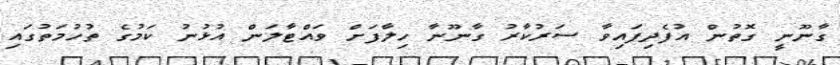
ގާނޫނީ ގޮތުން އުފެދިފައިވާ ސަރުކާރު ގާނޫނާ ހިލާފަށް ވައްޓާލަން އުޅުނު ކަމުގެ ތުހުމަތުގައި